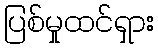
ပြစ်မှုထင်ရှား